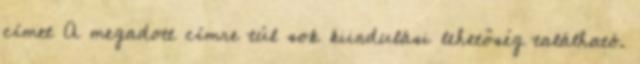
címet A megadott címre túl sok kiindulási lehetőség található.